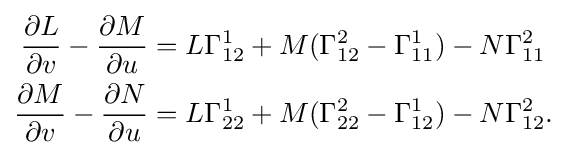
{\begin{aligned}{\frac {\partial L}{\partial v}}-{\frac {\partial M}{\partial u}}&=L\Gamma _{12}^{1}+M(\Gamma _{12}^{2}-\Gamma _{11}^{1})-N\Gamma _{11}^{2}\\{\frac {\partial M}{\partial v}}-{\frac {\partial N}{\partial u}}&=L\Gamma _{22}^{1}+M(\Gamma _{22}^{2}-\Gamma _{12}^{1})-N\Gamma _{12}^{2}.\end{aligned}}